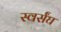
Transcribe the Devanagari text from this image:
स्वर्संघ